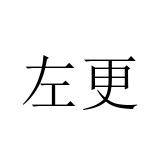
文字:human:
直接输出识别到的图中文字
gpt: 左更